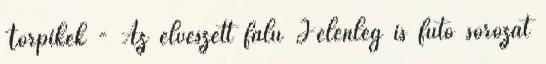
Törpikék - Az elveszett falu Jelenleg is futó sorozat